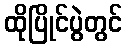
ထိုပြိုင်ပွဲတွင်